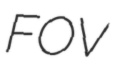
FOV